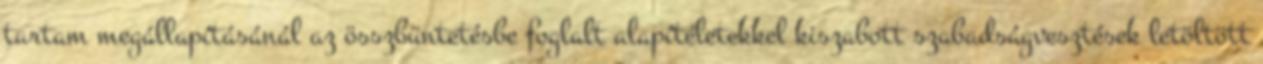
tartam megállapításánál az összbüntetésbe foglalt alapítéletekkel kiszabott szabadságvesztések letöltött